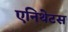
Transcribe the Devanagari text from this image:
एनिथेटस